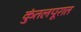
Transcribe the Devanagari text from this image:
कुंतलपूरात